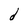
Character: d